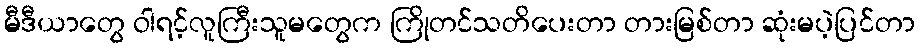
မီဒီယာတွေ ဝါရင့်လူကြီးသူမတွေက ကြိုတင်သတိပေးတာ တားမြစ်တာ ဆုံးမပဲ့ပြင်တာ